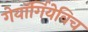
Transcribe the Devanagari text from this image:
गेयॉर्गियेविच